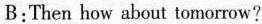
B:Then how about tomorrow?